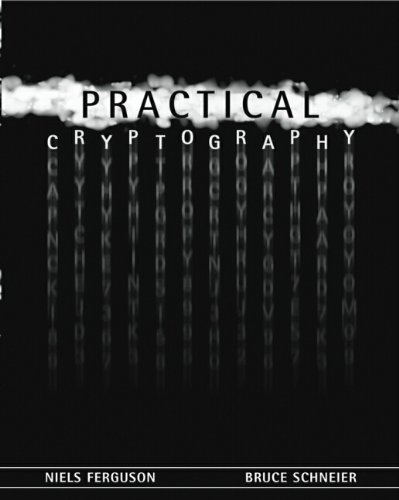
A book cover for Practical Cryptography; Niels Ferguson; Computers & Technology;